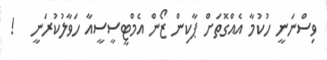
ވިސްނަނީ ހުކުމާ އެއްގޮތަށް ޕާކިން ޒޯން އެމްޓީސީސީއާ ހަވާލުކުރަނީ   !